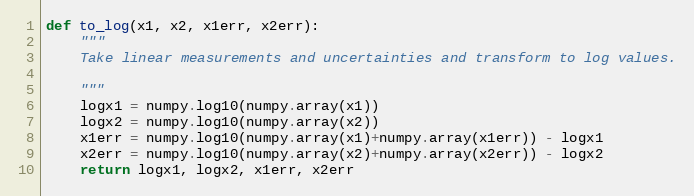
Language: Python
def to_log(x1, x2, x1err, x2err):
    """
    Take linear measurements and uncertainties and transform to log values.

    """
    logx1 = numpy.log10(numpy.array(x1))
    logx2 = numpy.log10(numpy.array(x2))
    x1err = numpy.log10(numpy.array(x1)+numpy.array(x1err)) - logx1
    x2err = numpy.log10(numpy.array(x2)+numpy.array(x2err)) - logx2
    return logx1, logx2, x1err, x2err